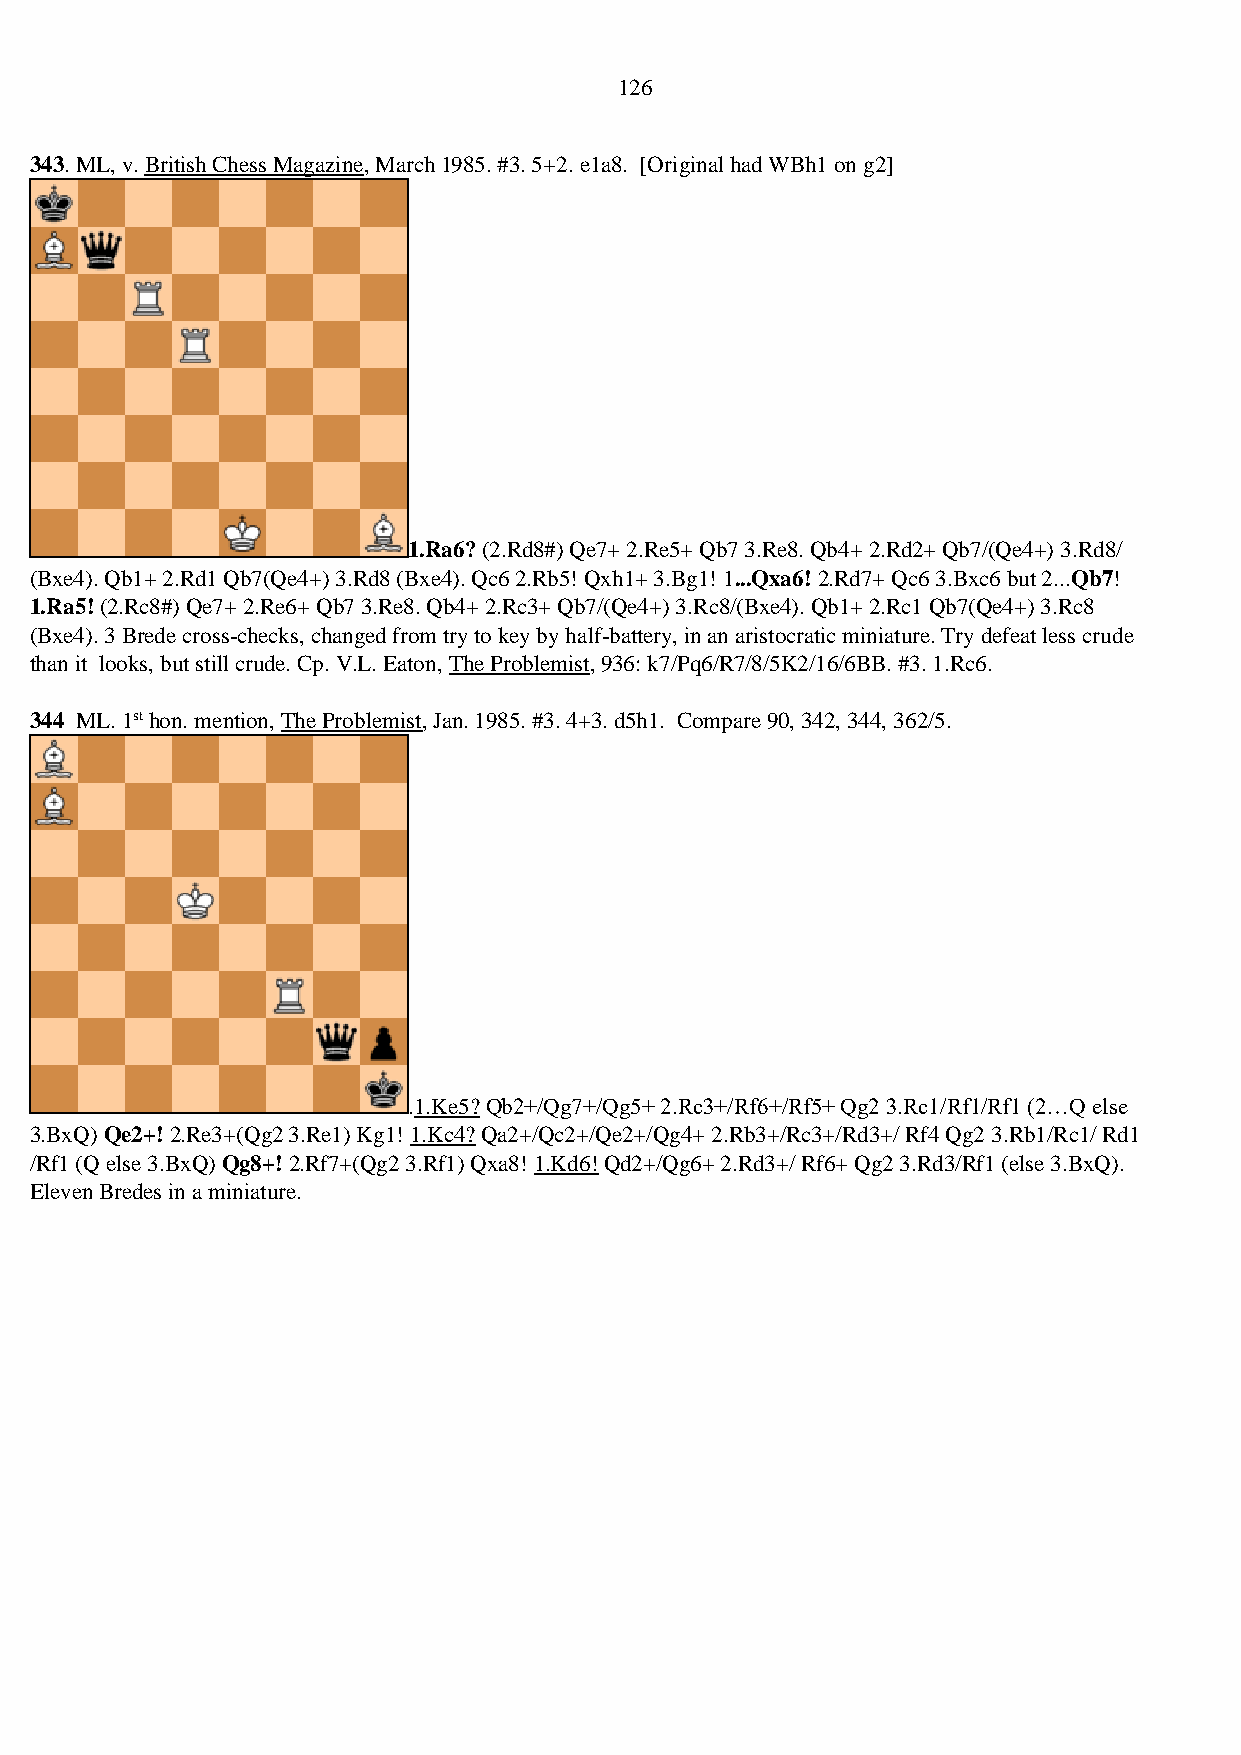
126
 343. ML, v. British Chess Magazine, March 1985. #3. 5+2. e1a8. [Original had WBh1 on g2]
 1.Ra6? (2.Rd8#) Qe7+ 2.Re5+ Qb7 3.Re8. Qb4+ 2.Rd2+ Qb7/(Qe4+) 3.Rd8/
 (Bxe4). Qb1+ 2.Rd1 Qb7(Qe4+) 3.Rd8 (Bxe4). Qc6 2.Rb5! Qxh1+ 3.Bg1! 1...Qxa6! 2.Rd7+ Qc6 3.Bxc6 but 2...Qb7!
 1.Ra5! (2.Rc8#) Qe7+ 2.Re6+ Qb7 3.Re8. Qb4+ 2.Rc3+ Qb7/(Qe4+) 3.Rc8/(Bxe4). Qb1+ 2.Rc1 Qb7(Qe4+) 3.Rc8
 (Bxe4). 3 Brede cross-checks, changed from try to key by half-battery, in an aristocratic miniature. Try defeat less crude
 than it looks, but still crude. Cp. V.L. Eaton, The Problemist, 936: k7/Pq6/R7/8/5K2/16/6BB. #3. 1.Rc6.
 344 ML. 1st hon. mention, The Problemist, Jan. 1985. #3. 4+3. d5h1. Compare 90, 342, 344, 362/5.
 .1.Ke5? Qb2+/Qg7+/Qg5+ 2.Rc3+/Rf6+/Rf5+ Qg2 3.Rc1/Rf1/Rf1 (2…Q else
 3.BxQ) Qe2+! 2.Re3+(Qg2 3.Re1) Kg1! 1.Kc4? Qa2+/Qc2+/Qe2+/Qg4+ 2.Rb3+/Rc3+/Rd3+/ Rf4 Qg2 3.Rb1/Rc1/ Rd1
 /Rf1 (Q else 3.BxQ) Qg8+! 2.Rf7+(Qg2 3.Rf1) Qxa8! 1.Kd6! Qd2+/Qg6+ 2.Rd3+/ Rf6+ Qg2 3.Rd3/Rf1 (else 3.BxQ).
 Eleven Bredes in a miniature.